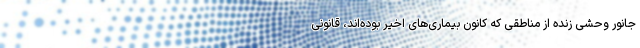
جانور وحشی زنده از مناطقی که کانون بیماری‌های اخیر بوده‌اند، قانونی